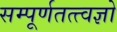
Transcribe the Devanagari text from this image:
सम्पूर्णतत्त्वज्ञो